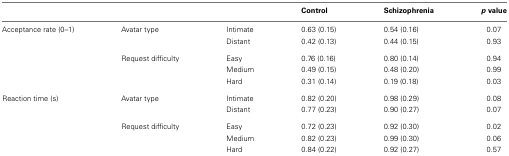
<table><thead><tr><td></td><td></td><td></td><td><b>Control</b></td><td><b>Schizophrenia</b></td><td><b><i>p</i> value</b></td></tr></thead><tbody><tr><td>Acceptance rate (0–1)</td><td>Avatar type</td><td>Intimate</td><td>0.63 (0.15)</td><td>0.54 (0.16)</td><td>0.07</td></tr><tr><td></td><td></td><td>Distant</td><td>0.42 (0.13)</td><td>0.44 (0.15)</td><td>0.93</td></tr><tr><td></td><td>Request difficulty</td><td>Easy</td><td>0.76 (0.16)</td><td>0.80 (0.14)</td><td>0.94</td></tr><tr><td></td><td></td><td>Medium</td><td>0.49 (0.15)</td><td>0.48 (0.20)</td><td>0.99</td></tr><tr><td></td><td></td><td>Hard</td><td>0.31 (0.14)</td><td>0.19 (0.18)</td><td>0.03</td></tr><tr><td>Reaction time (s)</td><td>Avatar type</td><td>Intimate</td><td>0.82 (0.20)</td><td>0.98 (0.29)</td><td>0.08</td></tr><tr><td></td><td></td><td>Distant</td><td>0.77 (0.23)</td><td>0.90 (0.27)</td><td>0.07</td></tr><tr><td></td><td>Request difficulty</td><td>Easy</td><td>0.72 (0.23)</td><td>0.92 (0.30)</td><td>0.02</td></tr><tr><td></td><td></td><td>Medium</td><td>0.82 (0.23)</td><td>0.99 (0.30)</td><td>0.06</td></tr><tr><td></td><td></td><td>Hard</td><td>0.84 (0.22)</td><td>0.92 (0.27)</td><td>0.57</td></tr></tbody></table>